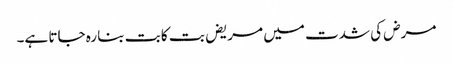
مرض کی شدت میں مریض بت کا بت بنا رہ جاتا ہے۔